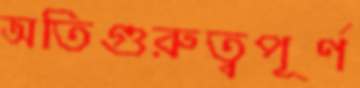
অতিগুরুত্বপূর্ণ